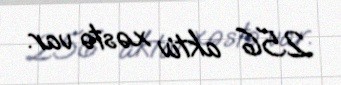
256 aktiv xəstə var.